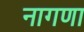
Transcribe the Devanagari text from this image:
नागणा